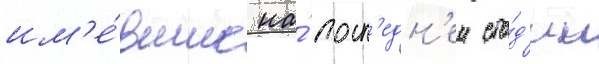
им'е́вшие на́ посл'едн'еи ста́д'ии